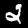
Label: 2